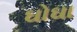
ઘોઘા